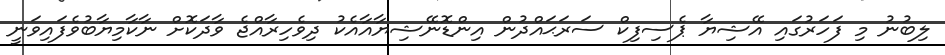
ލިބުނު މި ފަހަރުގައި އޭޝިޔާ ޕެސިފިކް ސަރަޙައްދުން އިންޑޮނޭޝިޔާއާއެކު ދިވެހިރާއްޖެ ވާދަކޮށް ނާކާމިޔާބުވެފައިވަނީ